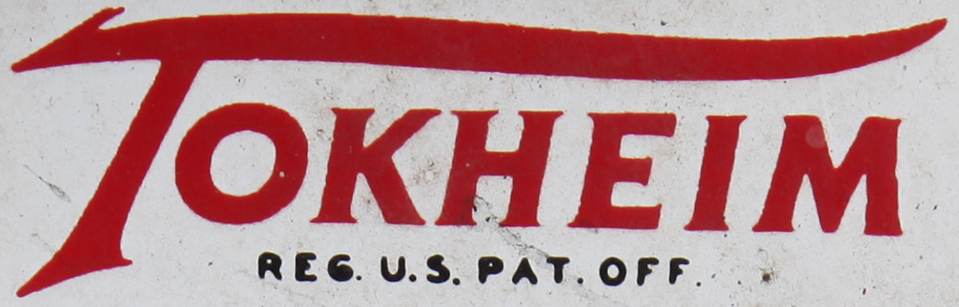
TOKHEIM